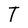
Character: T